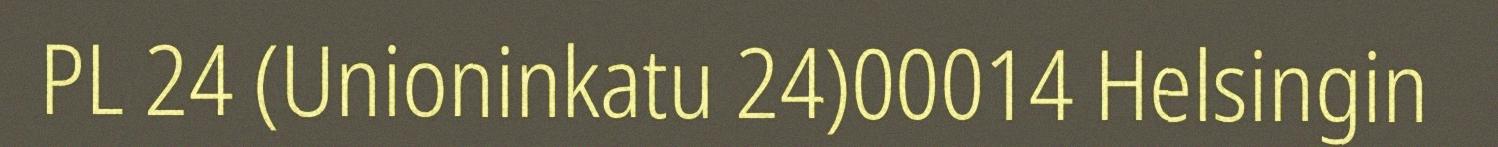
PL 24 (Unioninkatu 24)00014 Helsingin